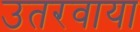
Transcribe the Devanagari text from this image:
उतरवाया